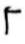
\(\Gamma\)